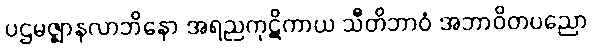
ပဌမဇ္ဈာနလာဘိနော အရညကုဋိကာယ သီတိဘာဝံ အဘာဝိတပညော